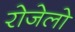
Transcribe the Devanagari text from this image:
रोजेलो